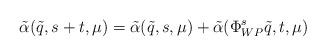
LaTeX: \begin{align*}\tilde\alpha(\tilde q,s+t,\mu)=\tilde\alpha(\tilde q,s,\mu)+\tilde \alpha(\Phi^s_{WP}\tilde q,t,\mu)\end{align*}